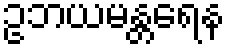
ဥဘယမန္တရေန